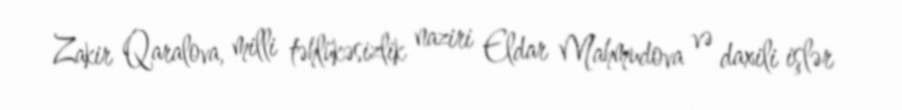
Zakir Qaralova, milli təhlükəsizlik naziri Eldar Mahmudova və daxili işlər